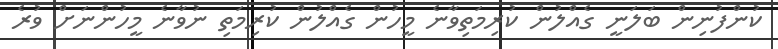
ކުންފުނިން ބަލަނީ ގެއްލުން ކުރިމަތިވާނެ މީހުން ގެއްލުން ކުރިމަތި ނުވާނެ މީހުންނަށް ވުރެ